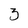
Character: 3